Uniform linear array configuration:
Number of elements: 12
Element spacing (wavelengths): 0.25
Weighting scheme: binomial
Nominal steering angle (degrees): -60
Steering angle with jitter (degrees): -61.75
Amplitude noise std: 0.05
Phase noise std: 0.05

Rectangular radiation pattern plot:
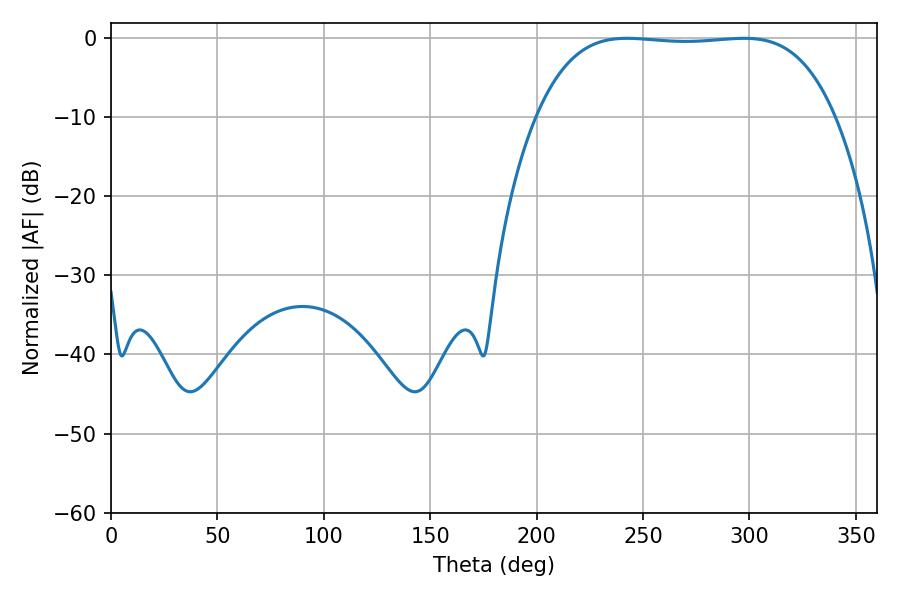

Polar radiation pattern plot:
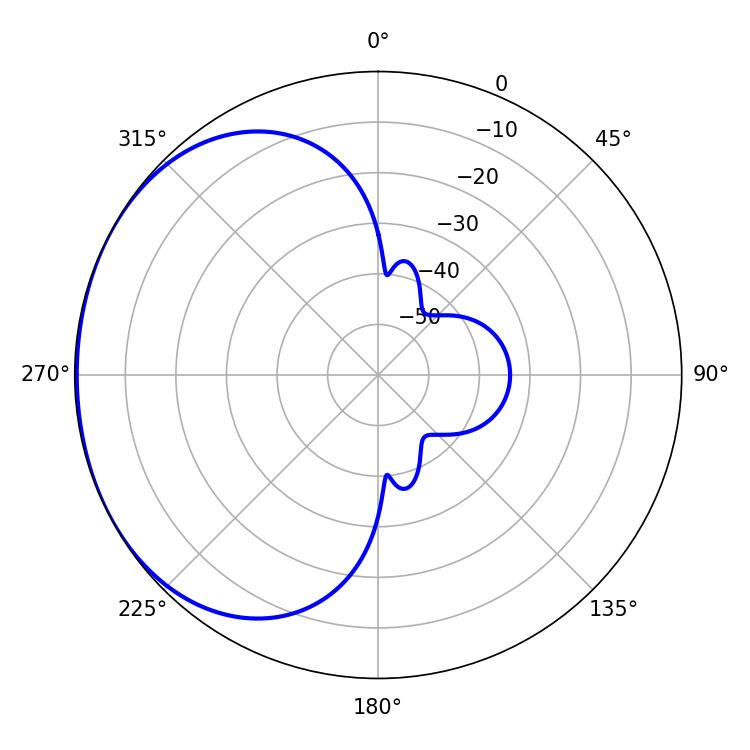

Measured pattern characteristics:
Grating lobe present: FALSE
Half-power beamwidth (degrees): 109.44
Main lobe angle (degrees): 242.46